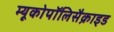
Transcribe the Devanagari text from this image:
म्यूकोपॉलिसैक्राइड